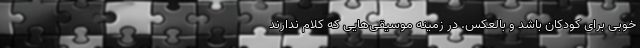
خوبی برای کودکان باشد و بالعکس. در زمینه موسیقی‌هایی که کلام ندارند